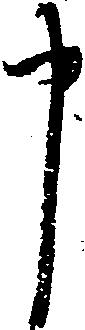
申